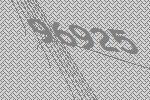
96925